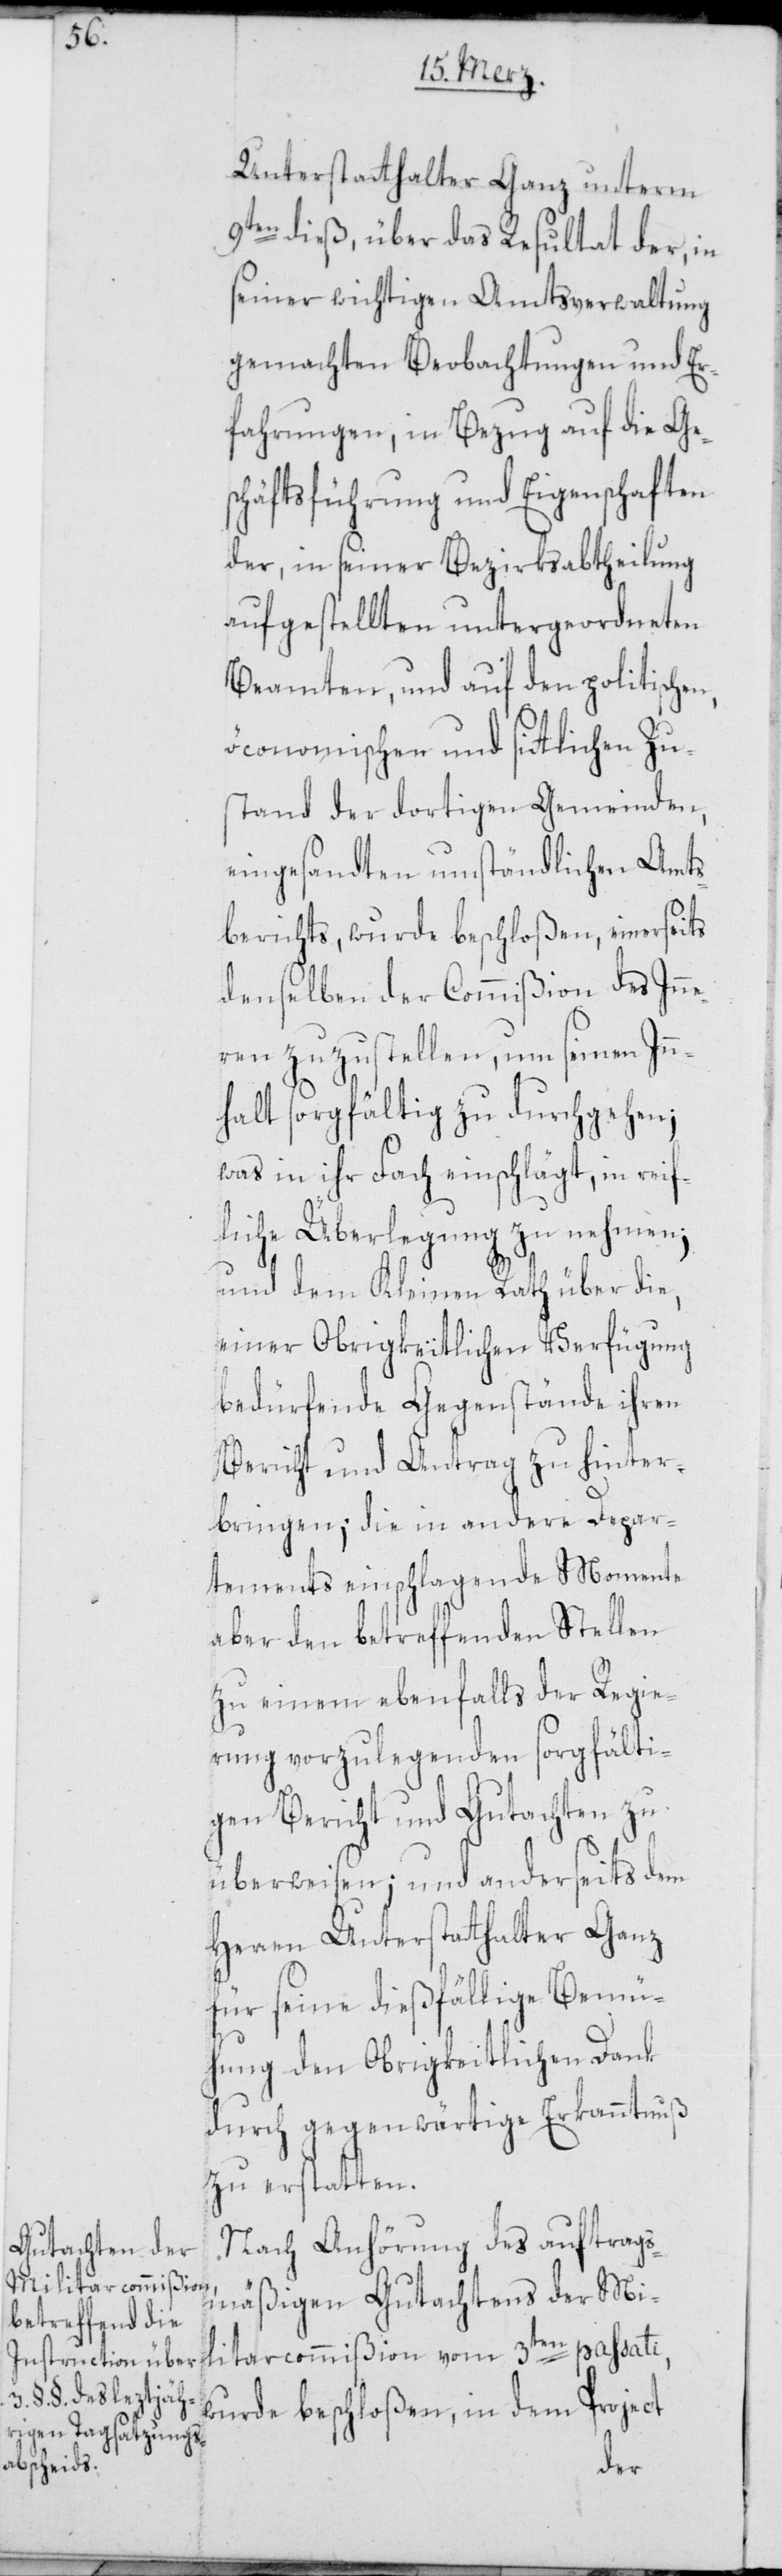
Unterstatthalter Ganz unterm
9ten dieß, über das Resultat der, in
seiner wichtigen Amtsverwaltung
gemachten Beobachtungen und Er¬
fahrungen, in Bezug auf die Ge¬
schäftsführung und Eigenschaften
der, in seiner Bezirksabtheilung
aufgestellten untergeordneten
Beamten, und auf den politischen,
öconomischen und sittlichen Zu¬
stand der dortigen Gemeinden,
eingesandten umständlichen Amts¬
berichts, wurde beschloßen, einerseits
denselben der Commißion des Inn¬
eren zuzustellen, um seinen In¬
nhalt sorgfältig zu durchgehen;
was in ihr Fach einschlägt, in reif¬
liche Überlegung zu nehmen,
und dem Kleinen Rath über die,
einer Obrigkeitlichen Verfügung
bedürfende Gegenstände ihren
Bericht und Antrag zu hinter¬
bringen; die in andere Depar¬
tements einschlagende Momente
aber den betreffenden Stellen
zu einem ebenfalls der Regie¬
rung vorzulegenden sorgfälti¬
gen Bericht und Gutachten zu
überweisen; und anderseits dem
Herren Unterstatthalter Ganz
für seine dießfällige Bemü¬
hung den Obrigkeitlichen Dank
durch gegenwärtige Erkanntnuß
zu erstatten.
Nach Anhörung des auftrags¬
mäßigen Gutachtens der Mi¬
litarcommißion vom 3ten passati,
wurde beschloßen, in dem Project